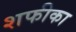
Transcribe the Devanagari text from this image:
शफीका